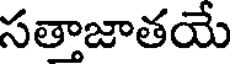
సత్తాజాతయే